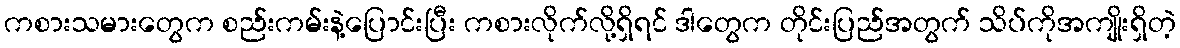
ကစားသမားတွေက စည်းကမ်းနဲ့ပြောင်းပြီး ကစားလိုက်လို့ရှိရင် ဒါတွေက တိုင်းပြည်အတွက် သိပ်ကိုအကျိုးရှိတဲ့